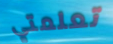
تعلمتي